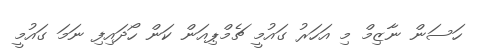
ހަސަން ނާޒިމް މި އަހަރު ގައުމީ ޗެމްޕިއަން ކަން ހޯދައިފި ނަމަ ގައުމީ